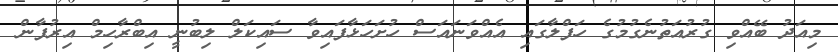
މިއަދު ބޭއްވި ގުރުއަތުނެގުމުގެ ހަފްލާގައި އެއްވަނައަސް ހުށަހަޅާފައިވާ ސައިކަލް ލިބުނީ އިބްރާހިމް އިރުފާން